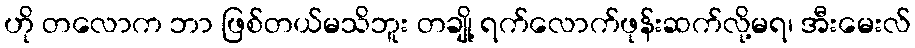
ဟို တလောက ဘာ ဖြစ်တယ်မသိဘူး တချို့ ရက်လောက်ဖုန်းဆက်လို့မရ၊ အီးမေးလ်